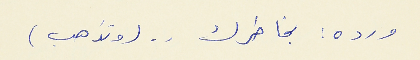
ورده : بخاطرك  . . (وتذهب)